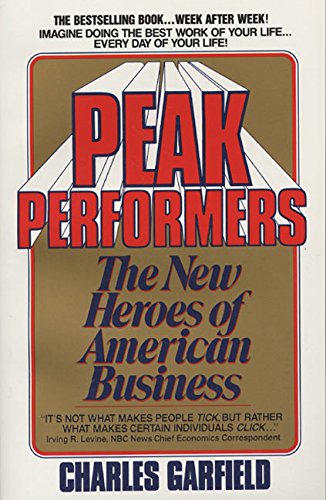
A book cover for Peak Performers; Charles Garfield; Sports & Outdoors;